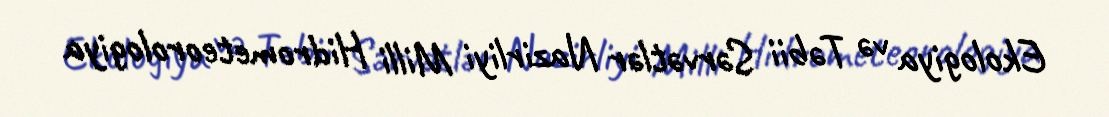
Ekologiya və Təbii Sərvətlər Nazirliyi Milli Hidrometeorologiya